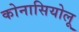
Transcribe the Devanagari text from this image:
कोनासियोलू